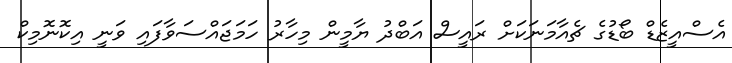
އެސްއީޒެޑް ބޯޑުގެ ޗެއާމަނަކަށް ރައީސް އަބްދު ޔާމީން މިހާރު ހަމަޖައްސަވާފައި ވަނީ އިކޮނޮމިކް